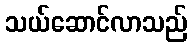
သယ်ဆောင်လာသည်